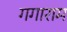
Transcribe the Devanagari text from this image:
गगाराम